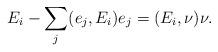
LaTeX: \begin{align*}E_{i}-\sum_{j}(e_{j},E_{i})e_{j}=(E_{i},\nu)\nu.\end{align*}